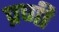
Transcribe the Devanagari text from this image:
प्रणी